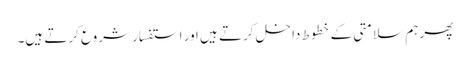
پھر ہم سلامتی کے خطوط داخل کرتے ہیں اور استفسار شروع کرتے ہیں۔